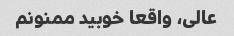
عالی، واقعا خوبید ممنونم